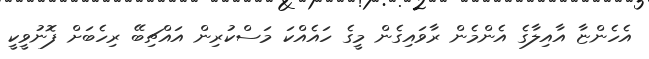
އެހެންޏާ އާއިލާގެ އެންމެން ރާވައިގެން މީގެ ހައެއްކަ މަސްކުރިން އައްޗިބޭ ރިހެބަށް ފޮނުވީކީ